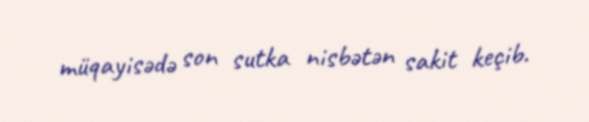
müqayisədə son sutka nisbətən sakit keçib.